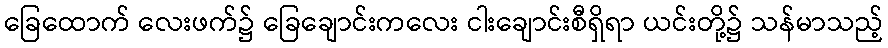
ခြေထောက် လေးဖက်၌ ခြေချောင်းကလေး ငါးချောင်းစီရှိရာ ယင်းတို့၌ သန်မာသည့်